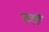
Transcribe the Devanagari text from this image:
डर्गी